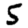
Digit: 5